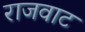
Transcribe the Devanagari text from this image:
राजवाट